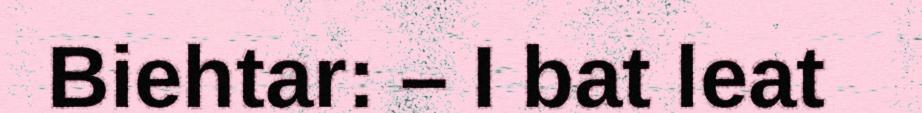
Biehtar: – I bat leat